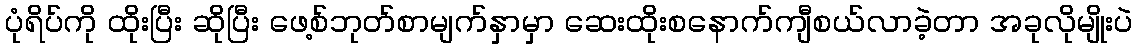
ပုံရိပ်ကို ထိုးပြီး ဆိုပြီး ဖေ့စ်ဘုတ်စာမျက်နှာမှာ ဆေးထိုးစနောက်ကျီစယ်လာခဲ့တာ အခုလိုမျိုးပဲ